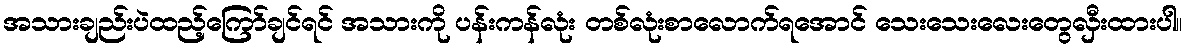
အသားချည်းပဲထည့်ကြော်ချင်ရင် အသားကို ပန်းကန်လုံး တစ်လုံးစာလောက်ရအောင် သေးသေးလေးတွေလှီးထားပါ။